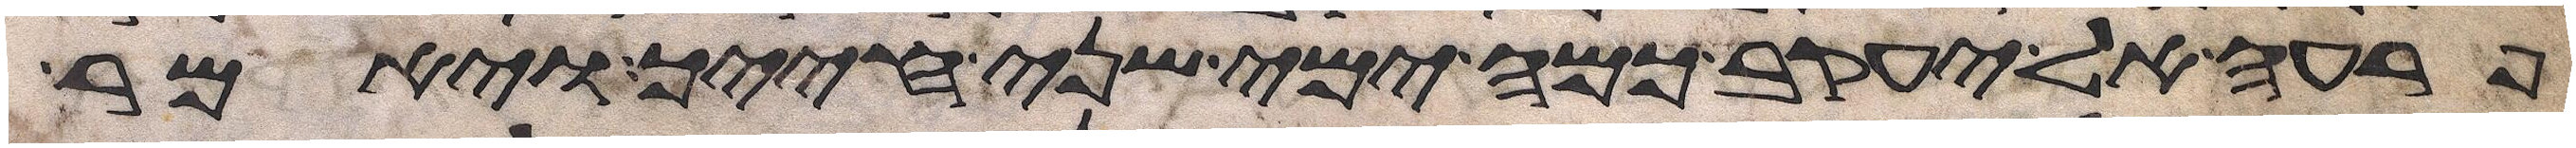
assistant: פרעה אל יעקב כמה ימי שני חייך ויאמר